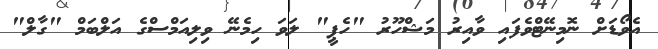
އެވޯޑަށް ނޮމިނޭޓްވެފައި ވާއިރު މަޝްހޫރު "ހެޕީ" ލަވަ ހިމެނޭ ވިލިއަމްސްގެ އަލްބަމް "ގާލް"